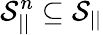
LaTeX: \mathcal{S}_{||}^{n}\subseteq\mathcal{S}_{||}